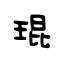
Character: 琨